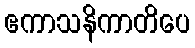
ဧကာသနိကာတိပေ